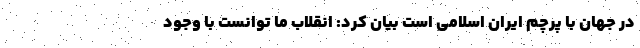
در جهان با پرچم ایران اسلامی است بیان کرد: انقلاب ما توانست با وجود